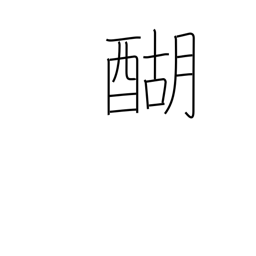
Meaning: boiled butter